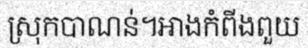
ស្រុកបាណន់។អាងកំពីងពួយ